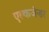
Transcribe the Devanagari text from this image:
एल्कजेन्डर